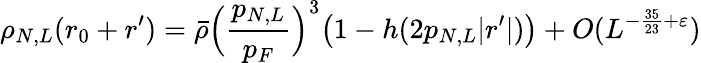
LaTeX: \rho_{N,L}(r_{0}+r^{\prime})=\bar{\rho}\Bigl(\frac{p_{N,L}}{p_{F}}\Bigr)^{3}\bigl(1-h(2p_{N,L}|r^{\prime}|)\bigr)+O(L^{-\frac{35}{23}+\varepsilon})